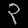
Digit: ၃